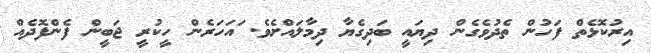
އިރުކޮޅެތް ފަހުން ތެދުވެގެން ދިޔައީ ބަދިގެޔާ ދިމާލައްށެވެ. ައަހަރެން ހީކުރީ ޖަބީން ފެންފޮދެއް